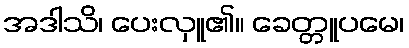
အဒါသိ၊ ပေးလှူ၏။ ခေတ္တူပမေ၊